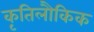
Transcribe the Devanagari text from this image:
कृतिलौकिक